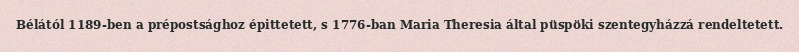
Bélától 1189-ben a prépostsághoz épittetett, s 1776-ban Maria Theresia által püspöki szentegyházzá rendeltetett.